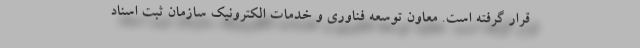
قرار گرفته است. معاون توسعه فناوری و خدمات الکترونیک سازمان ثبت اسناد